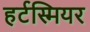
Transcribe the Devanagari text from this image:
हर्टस्मियर